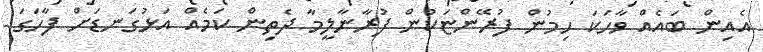
އެއިން ބައެއް ވާހަކަ ހިމުން ފުރޭންޏަކުން ފުރާނާލީމާ ދެތިން ކަމެއް އަޅުގަނޑަށް ފާހަގަ